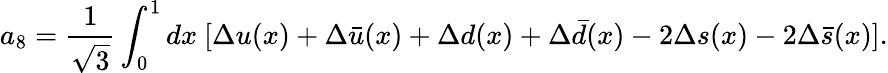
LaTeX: a_{8}={\frac{1}{\sqrt{3}}}\int_{0}^{1}dx~[\Delta u(x)+\Delta\bar{u}(x)+\Delta d(x)+\Delta\bar{d}(x)-2\Delta s(x)-2\Delta\bar{s}(x)].